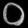
Digit: ၀